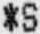
*S